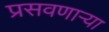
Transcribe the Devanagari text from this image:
प्रसवणार्‍या